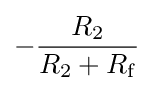
-{\frac {R_{2}}{R_{2}+R_{\mathrm {f} }}}